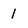
Character: l